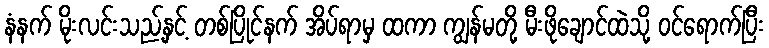
နံနက် မိုးလင်းသည့်နှင့် တစ်ပြိုင်နက် အိပ်ရာမှ ထကာ ကျွန်မတို့ မီးဖိုချောင်ထဲသို့ ဝင်ရောက်ပြီး